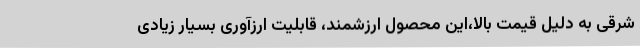
شرقی به دلیل قیمت بالا،این محصول ارزشمند، قابلیت ارزآوری بسیار زیادی